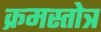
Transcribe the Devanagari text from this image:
क्रमस्तोत्र